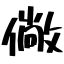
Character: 僘